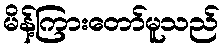
မိန့်ကြားတော်မူသည်